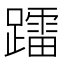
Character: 𨆢